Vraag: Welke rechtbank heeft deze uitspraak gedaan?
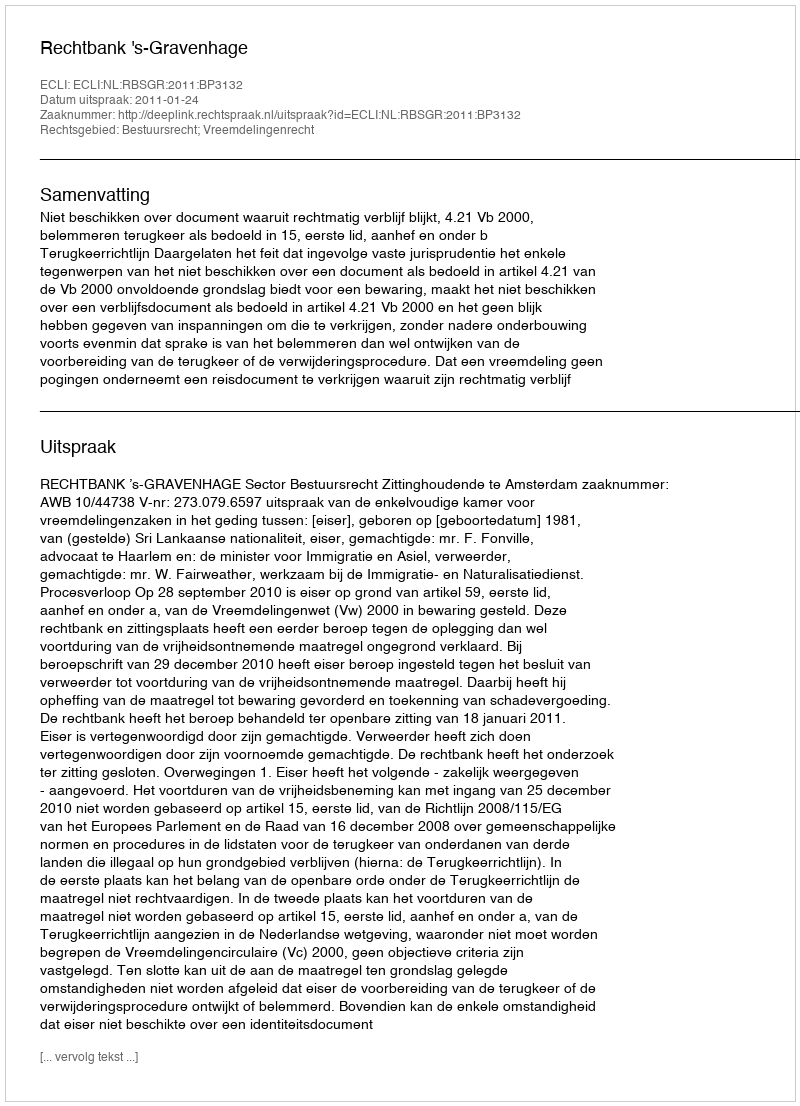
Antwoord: Rechtbank 's-Gravenhage